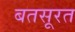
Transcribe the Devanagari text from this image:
बतसूरत